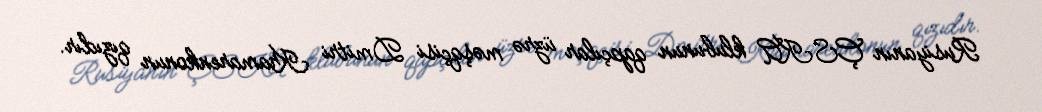
Rusiyanın ÇSKA klubunun qapçılar üzrə məşqçisi Dmitri Kramarenkonun qızıdır.